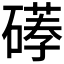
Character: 𥕪